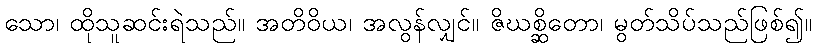
သော၊ ထိုသူဆင်းရဲသည်။ အတိဝိယ၊ အလွန်လျှင်။ ဇိဃစ္ဆိတော၊ မွတ်သိပ်သည်ဖြစ်၍။